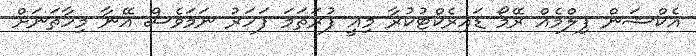
އެކްޝަން ފިލްމެއް ރޭމޯ ޑައިރެކްޓުކުރާ މިއީ ފުރަތަމަ ފަހަރު ނަމަވެސް އޭނާ މިހާތަނަށް